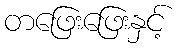
တဖြေးဖြေးနှင့်